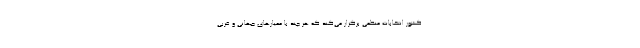
کشور انتخابات منظمی برگزار می‌کند که هر چند با معیارهای جهانی و غربی